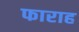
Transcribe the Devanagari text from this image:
फाराह